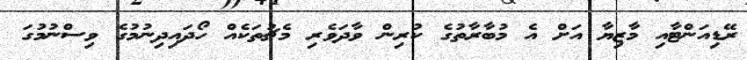
ރޭޑިއަންޓާއި މާޒިޔާ އަށް އެ މުބާރާތުގެ ކުރިން ވާދަވެރި މެޗުތަކެއް ހޯދައިދިނުމުގެ ވިސްނުމުގަ